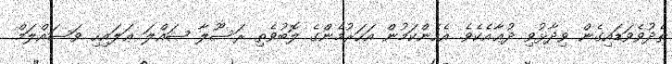
ތެދުވެވަޑައިގެން ވިދާޅުވި ދުޢާއެކެވެ. އެހެންކަމުން އަހަރުމެންގެ ލޮބުވެތި ރަސޫލާ ޞައްލަ ޢަލައިހި ވަސައްލަމް